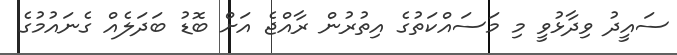
ސައީދު ވިދާޅުވީ މި މަސައްކަތުގެ އިތުރުން ރާއްޖެ އަށް ބޮޑު ބަދަލެއް ގެނައުމުގެ